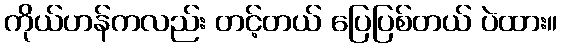
ကိုယ်ဟန်ကလည်း တင့်တယ် ပြေပြစ်တယ် ပဲထား။